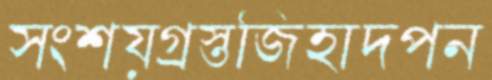
সংশয়গ্রস্তজিহাদপন